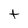
Character: t